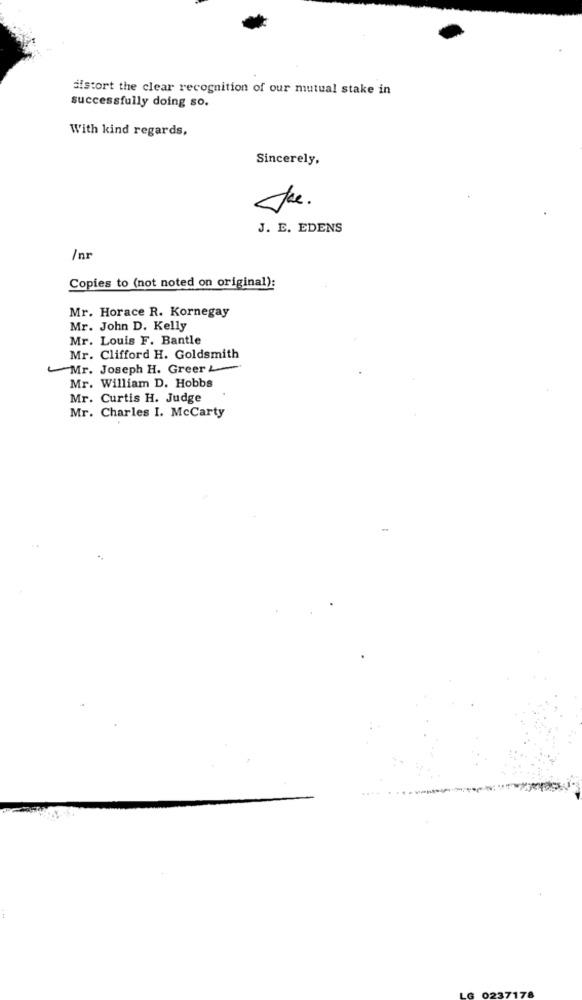
alstort the clear recognition of our mutual stake in
successfully doing so.
With kind regards,
Sincerely,
The .
J. E. EDENS
/nr
Copies to (not noted on original):
Mr. Horace R. Kornegay
Mr. John D. Kelly
Mr. Louis F. Bantle
Mr. Clifford H. Goldsmith
Mr. Joseph H. Greer
Mr. William D. Hobbs
Mr. Curtis H. Judge
Mr. Charles I. McCarty